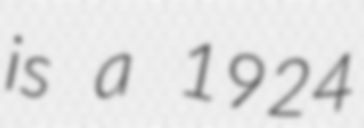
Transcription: is a 1924